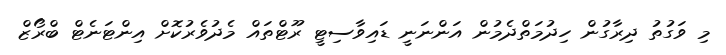
މި ވަގުތު ދިރާގުން ހިދުމަތްދެމުން އަންނަނީ ޑައިވާސިޓީ ރޫޓްތައް މެދުވެރުކޮށް އިންޓަނެޓް ބްރޯޒް